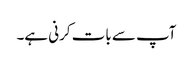
آپ سے بات کرنی ہے۔